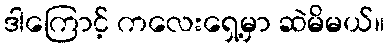
ဒါကြောင့် ကလေးရှေ့မှာ ဆဲမိမယ်။